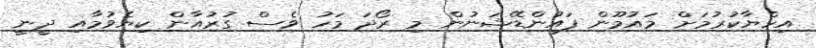
އިހްޔާކުރުމަށް މައުމޫން ފައުންޑޭޝަނުން މި ރޯދަ މަހު ވެސް ގުރުއާން ކިޔެވުމާއި ދީނީ